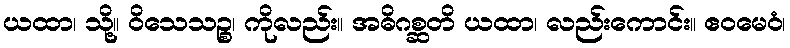
ယထာ၊ သို့။ ဝိသေသဉ္စ၊ ကိုလည်း။ အဓိဂစ္ဆတိ ယထာ၊ လည်းကောင်း။ ဧဝမေဝံ၊